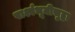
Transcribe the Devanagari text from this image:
पार्श्वभूमीसुद्धा